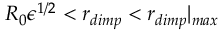
R _ { 0 } { \epsilon } ^ { 1 / 2 } < r _ { d i m p } < r _ { d i m p } | _ { m a x }